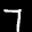
Label: 7